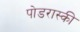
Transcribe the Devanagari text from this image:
पोडरास्की